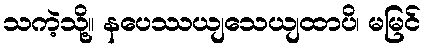
သကဲ့သို့။ နပေဿယျသေယျထာပိ၊ မမြင်